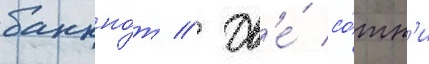
банкно́т // Дв'е́ со́тн'и